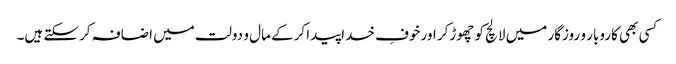
کسی بھی کاروبار و روزگار میں لالچ کو چھوڑکر اور خوفِ خداپیدا کرکے مال و دولت میں اضافہ کرسکتے ہیں۔